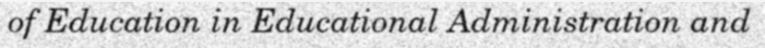
of Education in Educational Administration and